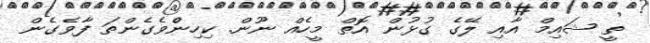
ތީ ޝައިމް އާއި ލޭގެ ގުޅުން އޮތް މީހެއް ނޫން. ކިހިނެްވެގެންތަ ފާވެގެން